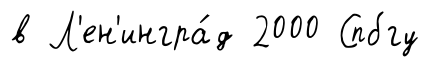
в Л'ен'ингра́д 2000 Спбгу